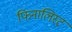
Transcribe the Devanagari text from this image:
फिनालिस्ट